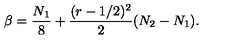
\beta = \frac { N _ { 1 } } { 8 } + \frac { ( r - 1 / 2 ) ^ { 2 } } { 2 } ( N _ { 2 } - N _ { 1 } ) .